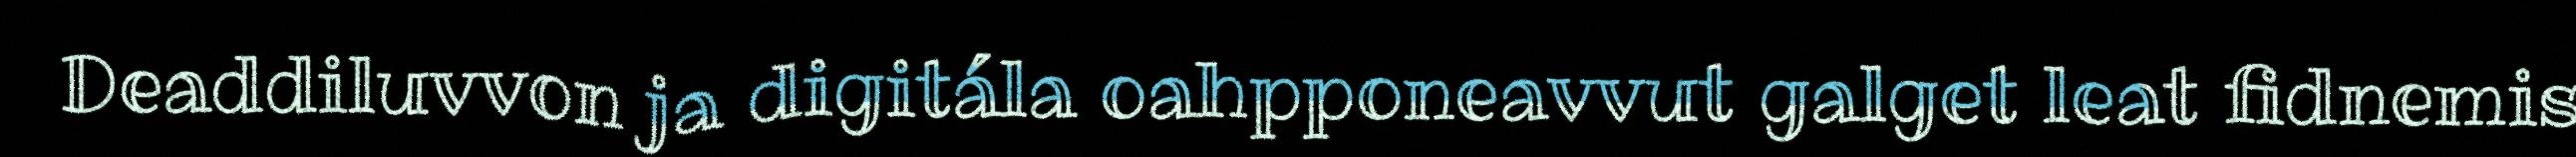
Deaddiluvvon ja digitála oahpponeavvut galget leat fidnemis